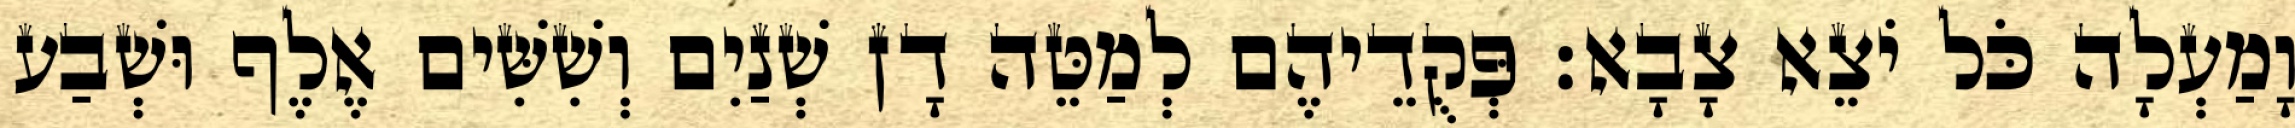
וָמַעְלָה כֹּל יֹצֵא צָבָא׃ פְּקֻדֵיהֶם לְמַטֵּה דָן שְׁנַיִם וְשִׁשִּׁים אֶלֶף וּשְׁבַע